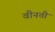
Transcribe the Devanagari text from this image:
वीनती